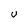
Character: U